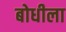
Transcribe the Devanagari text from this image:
बोधीला